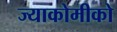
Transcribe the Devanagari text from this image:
ज्याकोमीको